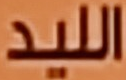
الليد